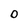
Character: 0